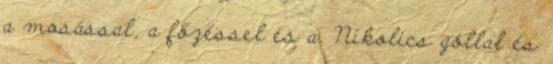
a mosással, a főzéssel és a. Nikolics góllal és